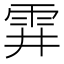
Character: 䨍